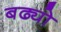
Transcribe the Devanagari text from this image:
बढ्यो